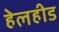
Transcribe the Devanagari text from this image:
हेलहीड